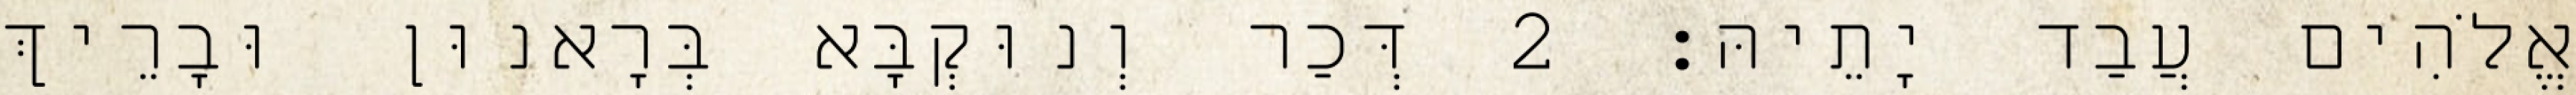
אֱלֹהִים עֲבַד יָתֵיהּ׃ 2 דְּכַר וְנוּקְבָּא בְּרָאנוּן וּבָרֵיךְ